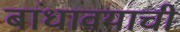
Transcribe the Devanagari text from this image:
बांधावयाची